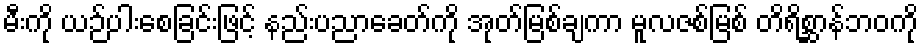
မီးကို ယဉ်ပါးစေခြင်းဖြင့် နည်းပညာခေတ်ကို အုတ်မြစ်ချကာ မူလဇစ်မြစ် တိရိစ္ဆာန်ဘဝကို